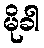
မိုခါ